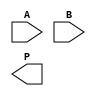
module wallace_tree_multiplier #(parameter N = 4, M = 4) (
    input [N-1:0] A, // First multiplicand
    input [M-1:0] B, // Second multiplicand
    output reg [N+M-1:0] P // Product output
);

    // Generate partial products
    wire [N-1:0] pp [0:M-1]; // Partial products
    genvar i;
    generate
        for (i = 0; i < M; i = i + 1) begin : gen_partial_products
            assign pp[i] = A & {N{B[i]}};
        end
    endgenerate

    // Wallace tree reduction
    wire [N+M-1:0] sum [0:N+M-1]; // Intermediate sums
    wire [N+M-1:0] carry [0:N+M-1]; // Intermediate carries

    // Initial stage of reduction
    generate
        for (i = 0; i < M; i = i + 1) begin : reduce_stage
            if (i < M) begin
                assign sum[i] = pp[i];
                assign carry[i] = 0;
            end
        end
    endgenerate

    // Wallace tree reduction logic
    integer j;
    always @* begin
        // Initialize product to zero
        P = 0;

        // Reduction loop
        for (j = 0; j < N + M; j = j + 1) begin
            // Sum three bits at a time
            if (j < M) begin
                {carry[j], sum[j]} = pp[j] + carry[j-1];
            end else if (j < M + N) begin
                {carry[j], sum[j]} = sum[j-M] + carry[j-1];
            end
        end

        // Final addition of remaining bits
        for (j = 0; j < N + M; j = j + 1) begin
            P = P + sum[j];
        end
    end

endmodule